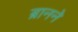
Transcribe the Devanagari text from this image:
ब्रानने